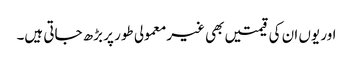
اور یوں ان کی قیمتیں بھی غیرمعمولی طور پر بڑھ جاتی ہیں۔